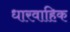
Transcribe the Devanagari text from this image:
धारवाहिक